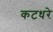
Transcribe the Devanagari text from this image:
कटधरे